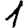
Digit: 1